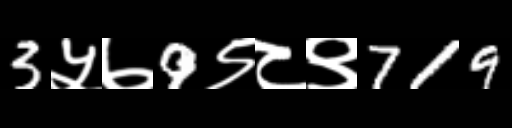
Text: 3५७9९८९719